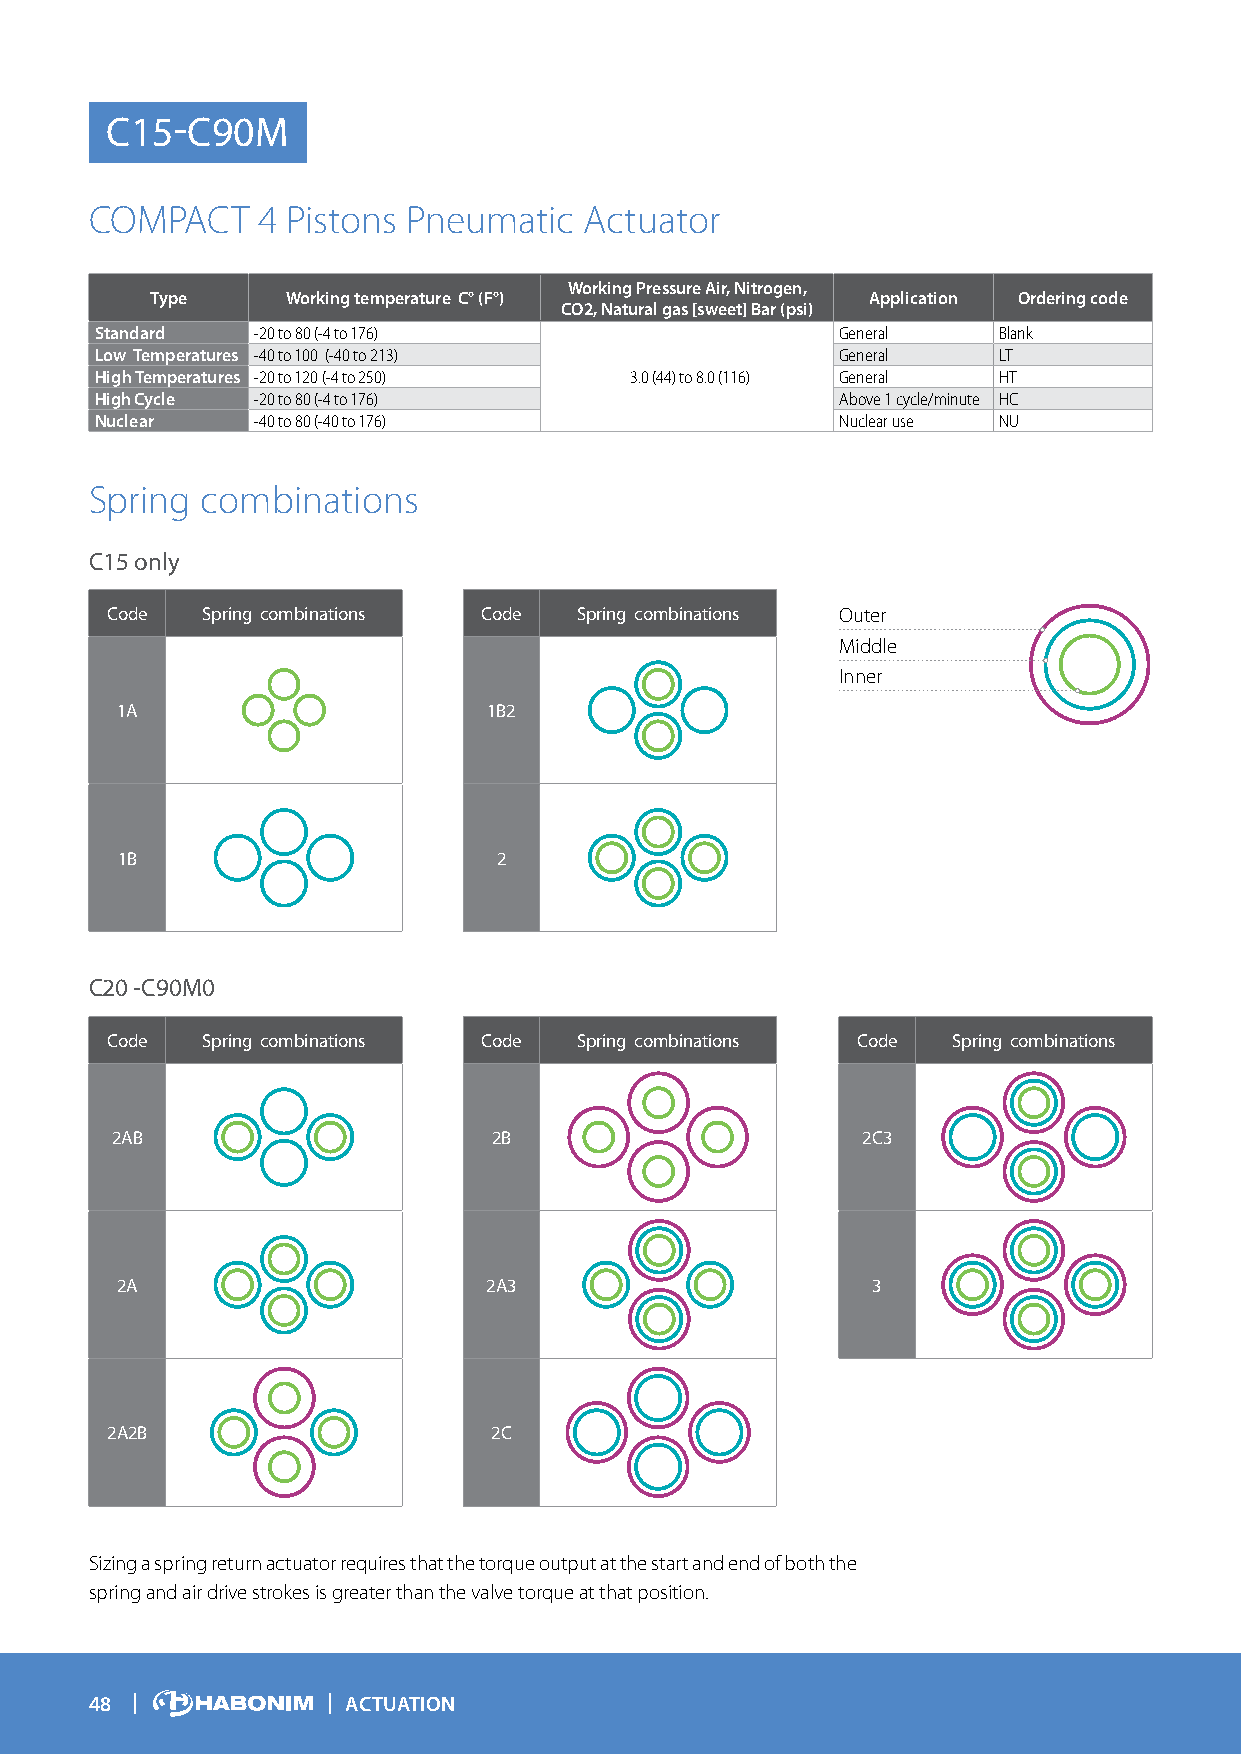
C15-C90M
 COMPACT    4 Pistons Pneumatic   Actuator
 Working Pressure Air, Nitrogen,
 Type     Working temperature C° (F°)           Application Ordering code
 CO2, Natural gas [sweet] Bar (psi)
 Standard   -20 to 80 (-4 to 176)                  General   Blank
 Low Temperatures -40 to 100 (-40 to 213)          General   LT
 High Temperatures -20 to 120 (-4 to 250) 3.0 (44) to 8.0 (116) General HT
 High Cycle -20 to 80 (-4 to 176)                  Above 1 cycle/minute HC
 Nuclear    -40 to 80 (-40 to 176)                 Nuclear use NU
 Spring combinations
 C15 only
 Code  Spring combinations Code Spring combinations Outer
 Middle
 Inner
 1A                      1B2
 1B                       2
 C20 -C90M0
 Code  Spring combinations Code Spring combinations Code Spring combinations
 2AB                       2B                      2C3
 2A                      2A3                       3
 2A2B                      2C
 Sizing a spring return actuator requires that the torque output at the start and end of both the
 spring and air drive strokes is greater than the valve torque at that position.
 48               ACTUATION